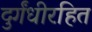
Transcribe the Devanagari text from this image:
दुर्गंधीरहित